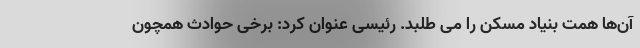
آن‌ها همت بنیاد مسکن را می طلبد. رئیسی عنوان کرد: برخی حوادث همچون